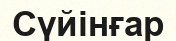
Сүйінғар